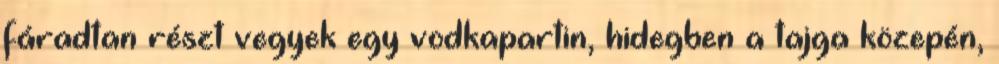
fáradtan részt vegyek egy vodkapartin, hidegben a tajga közepén,